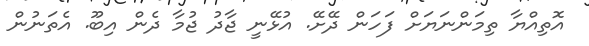
އޮތިއްޔާ ތިމަންނަޔަށް ފަހަން ދޭށޭ. އުޅޭނީ ޖާދު ޖުމާ ދެން އިބޫ. އެތަނުން